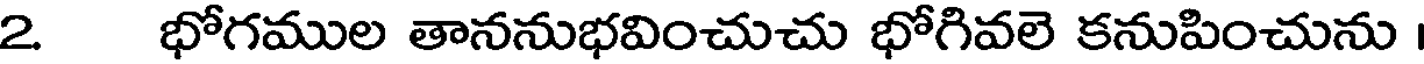
2 భోగముల తాననుభవించుచు భోగివలె కనుపించును